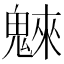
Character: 𩳳